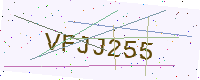
Text: VFJJ255